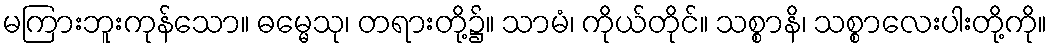
မကြားဘူးကုန်သော။ ဓမ္မေသု၊ တရားတို့၌။ သာမံ၊ ကိုယ်တိုင်။ သစ္စာနိ၊ သစ္စာလေးပါးတို့ကို။